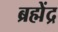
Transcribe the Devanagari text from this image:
ब्रह्मेंद्र